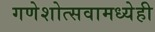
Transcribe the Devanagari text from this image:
गणेशोत्सवामध्येही